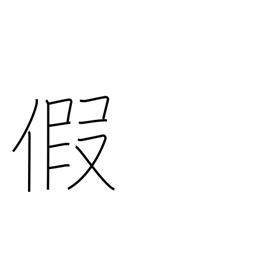
Meaning: interim